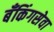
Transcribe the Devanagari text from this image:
बँकिंगसेवा